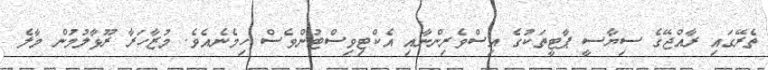
ތެރޭގައި ރާއްޖޭގެ ސިޔާސީ ޕާޓީތަކުގެ އިސްވެރިންނާއި އެކްޓިވިސްޓުންވެސް ހިމެނެއެވެ. މުޒާހަރާ ރޫޅާލުމުން މާލެ